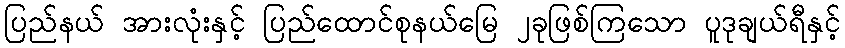
ပြည်နယ် အားလုံးနှင့် ပြည်ထောင်စုနယ်မြေ ၂ခုဖြစ်ကြသော ပူဒုချယ်ရီနှင့်